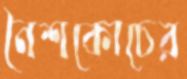
নৈশকোচের